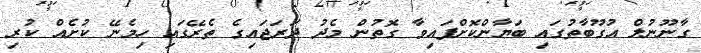
ގާނޫނުލް އުގޫބާތުގައި ބަޔާންކޮށްފައިވާ ގޮތުން މެދު ދަރަޖައިގެ ތެރޭގައި ހިމެނޭ ކުށެއް ކުރި